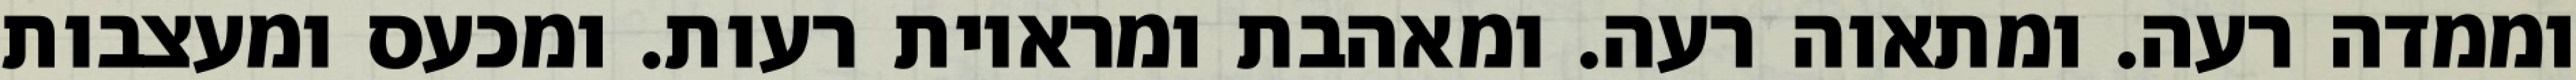
וממדה רעה. ומתאוה רעה. ומאהבת ומראיות רעות. ומכעס ומעצבות